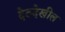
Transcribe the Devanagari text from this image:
देठदेखील